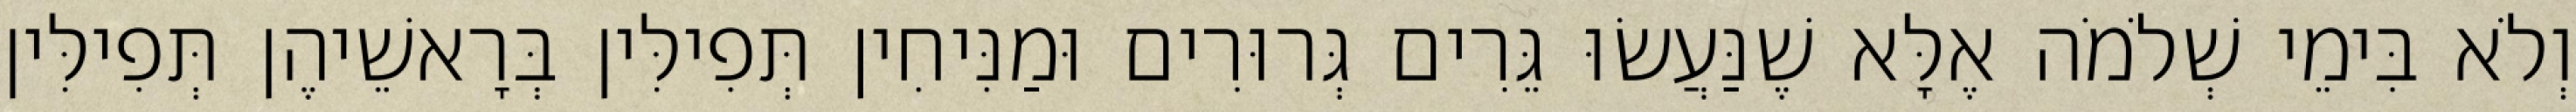
וְלֹא בִּימֵי שְׁלֹמֹה אֶלָּא שֶׁנַּעֲשׂוּ גֵּרִים גְּרוּרִים וּמַנִּיחִין תְּפִילִּין בְּרָאשֵׁיהֶן תְּפִילִּין